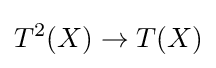
T^{2}(X)\to T(X)